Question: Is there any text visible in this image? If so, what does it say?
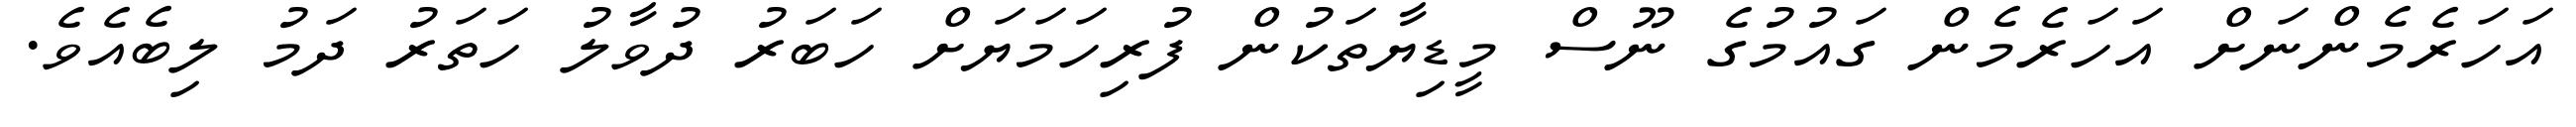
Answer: އަހަރެމެންނަށް އަހަރެމެން ގައުމުގެ ނޫސް މީޑިޔާތަކުން ފުރިހަމަޔަށް ހަބަރު ދުވާލު ހަތަރު ދަމު ލިބެއެވެ.